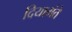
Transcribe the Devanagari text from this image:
दियामंते